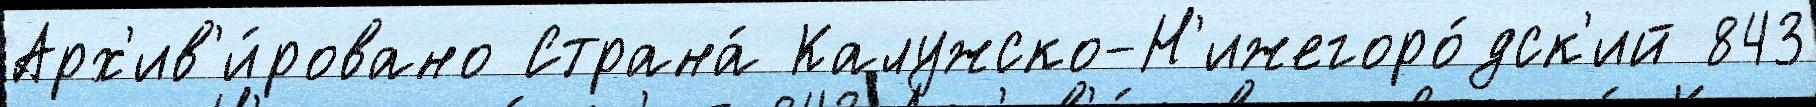
Арх'ив'и́ровано Страна́ Калужско-Н'ижегоро́дск'ий 843